Document type: Sale
Year: 1423
Scribe: Joan Franc
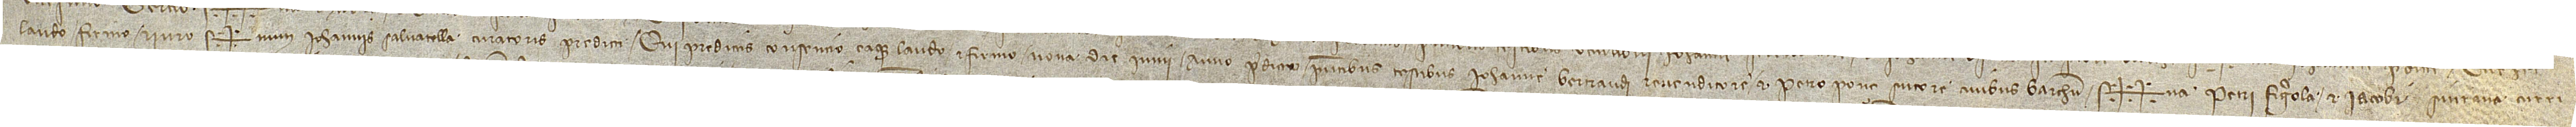
laudo, firmo et iuro. Sig+num Iohannis Salvatella, curatoris predicti, qui predictis consencio eaque laudo et firmo nona die iunii, anno predicto, presentibus testibus Iohanne Bertrandi, revenditore, et Petro Ponç, sutore, civibus Barchinone. Sig++na Petri Figerola et Iacobi Siurana, curri-